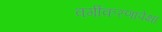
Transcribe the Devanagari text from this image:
वर्गीकरणापेक्षा